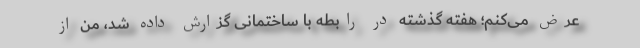
عرض می‌کنم؛ هفته گذشته در رابطه با ساختمانی گزارش داده شد، من از